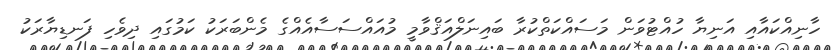
ހާނިއްކައާއި އަނިޔާ ހުއްޓުވަން މަސައްކަތްކުރާ ބައިނަލްއަޤްވާމީ މުއައްސަސާއެއްގެ މެންބަރަކު ކަމުގައި ދިވެހި ފަނޑިޔާރަކު